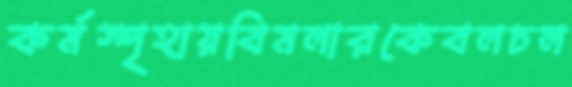
কর্মস্পৃহায়বিমলারকেবলচল